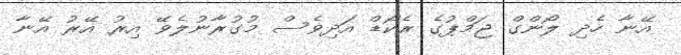
އޭނާ ހެދި ލޯންގް ޖަމްޕުގެ ރެކޯޑް އަދިވެސް މުގުރާނުލެވޭ އިރު އޭރު އޭނާ